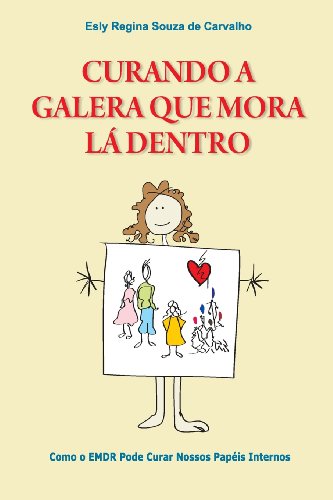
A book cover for Curando a Galera que Mora LÃ¡ Dentro: Como o EMDR pode curar nossos papÃ©is internos (Portuguese Edition); Ph.D., Esly Regina Souza de Carvalho; Self-Help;